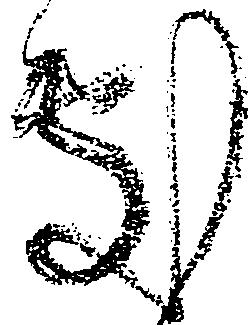
処